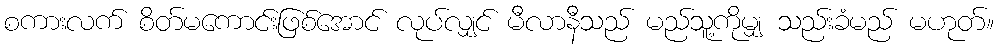
စကားလက် စိတ်မကောင်းဖြစ်အောင် လုပ်လျှင် မီလာနီသည် မည်သူ့ကိုမျှ သည်းခံမည် မဟုတ်။